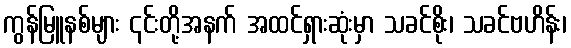
ကွန်မြူနစ်များ ၎င်းတို့အနက် အထင်ရှားဆုံးမှာ သခင်စိုး၊ သခင်ဗဟိန်း၊